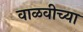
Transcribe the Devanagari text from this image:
वाळवीच्या